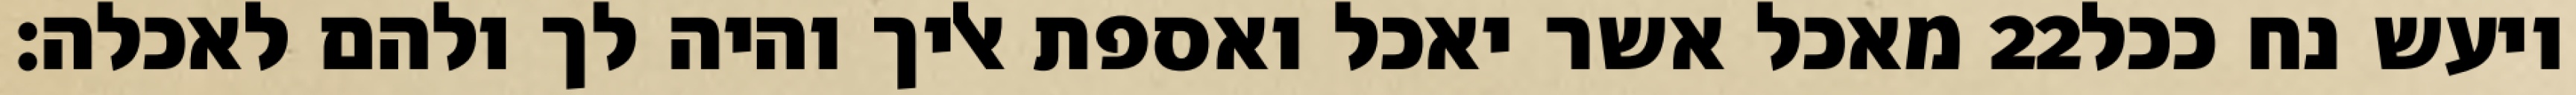
מאכל אשר יאכל ואספת אליך והיה לך ולהם לאכלה׃ ‎22‏ ויעש נח ככל